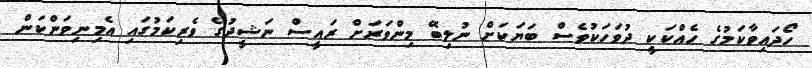
ހޯދައިވާކަމުގެ ހެއްކަކީ ދުވަހަކުވެސް ބަޔަކަށް ނުލިބޭ މިންވަރަށް ރައީސް ނަޝީދުގެ ވެރިކަމުގައި އެމިނިވަންކަން